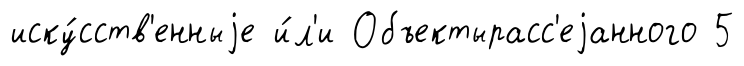
иску́сств'енныjе и́л'и Объектырасс'еjанного 5